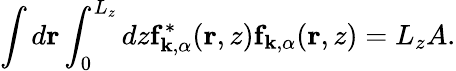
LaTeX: \int d\mathbf{r}\int_{0}^{L_{z}}dz\mathbf{f}_{\mathbf{k},\alpha}^{*}(\mathbf{r},z)\mathbf{f}_{\mathbf{k},\alpha}(\mathbf{r},z)=L_{z}A.